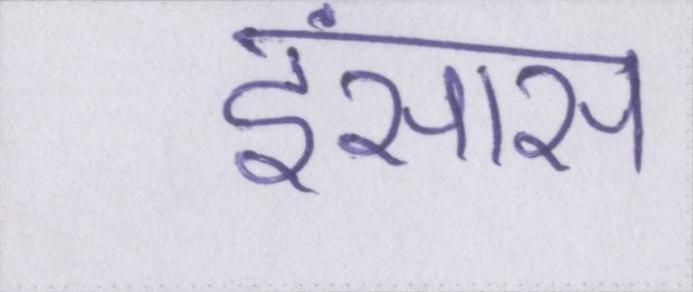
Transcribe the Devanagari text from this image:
इंसास